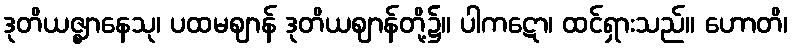
ဒုတိယဇ္ဈာနေသု၊ ပထမဈာန် ဒုတိယဈာန်တို့၌။ ပါကဋော၊ ထင်ရှားသည်။ ဟောတိ၊